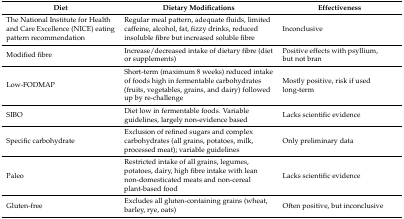
<table><thead><tr><td><b>Diet</b></td><td><b>Dietary Modifications</b></td><td><b>Effectiveness</b></td></tr></thead><tbody><tr><td>The National Institute for Health and Care Excellence (NICE) eating pattern recommendation</td><td>Regular meal pattern, adequate fluids, limited caffeine, alcohol, fat, fizzy drinks, reduced insoluble fibre but increased soluble fibre</td><td>Inconclusive</td></tr><tr><td>Modified fibre</td><td>Increase/decreased intake of dietary fibre (diet or supplements)</td><td>Positive effects with psyllium, but not bran</td></tr><tr><td>Low-FODMAP</td><td>Short-term (maximum 8 weeks) reduced intake of foods high in fermentable carbohydrates (fruits, vegetables, grains, and dairy) followed up by re-challenge</td><td>Mostly positive, risk if used long-term</td></tr><tr><td>SIBO</td><td>Diet low in fermentable foods. Variable guidelines, largely non-evidence based</td><td>Lacks scientific evidence</td></tr><tr><td>Specific carbohydrate</td><td>Exclusion of refined sugars and complex carbohydrates (all grains, potatoes, milk, processed meat); variable guidelines</td><td>Only preliminary data</td></tr><tr><td>Paleo</td><td>Restricted intake of all grains, legumes, potatoes, dairy, high fibre intake with lean non-domesticated meats and non-cereal plant-based food</td><td>Lacks scientific evidence</td></tr><tr><td>Gluten-free</td><td>Excludes all gluten-containing grains (wheat, barley, rye, oats)</td><td>Often positive, but inconclusive</td></tr></tbody></table>